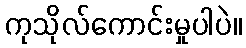
ကုသိုလ်ကောင်းမှုပါပဲ။